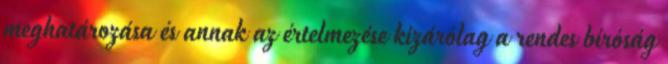
meghatározása és annak az értelmezése kizárólag a rendes bíróság